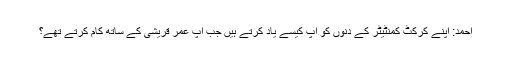
احمد: اپنے کرکٹ کمنٹیٹر کے دنوں کو آپ کیسے یاد کرتے ہیں جب آپ عمر قریشی کے ساتھ کام کرتے تھے؟